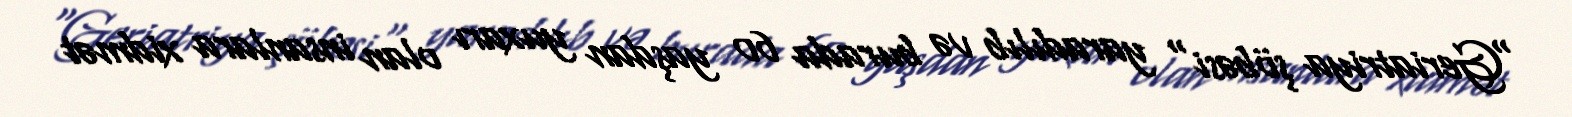
"Geriatriya şöbəsi" yaradılıb və burada 60 yaşdan yuxarı olan insanlara xidmət